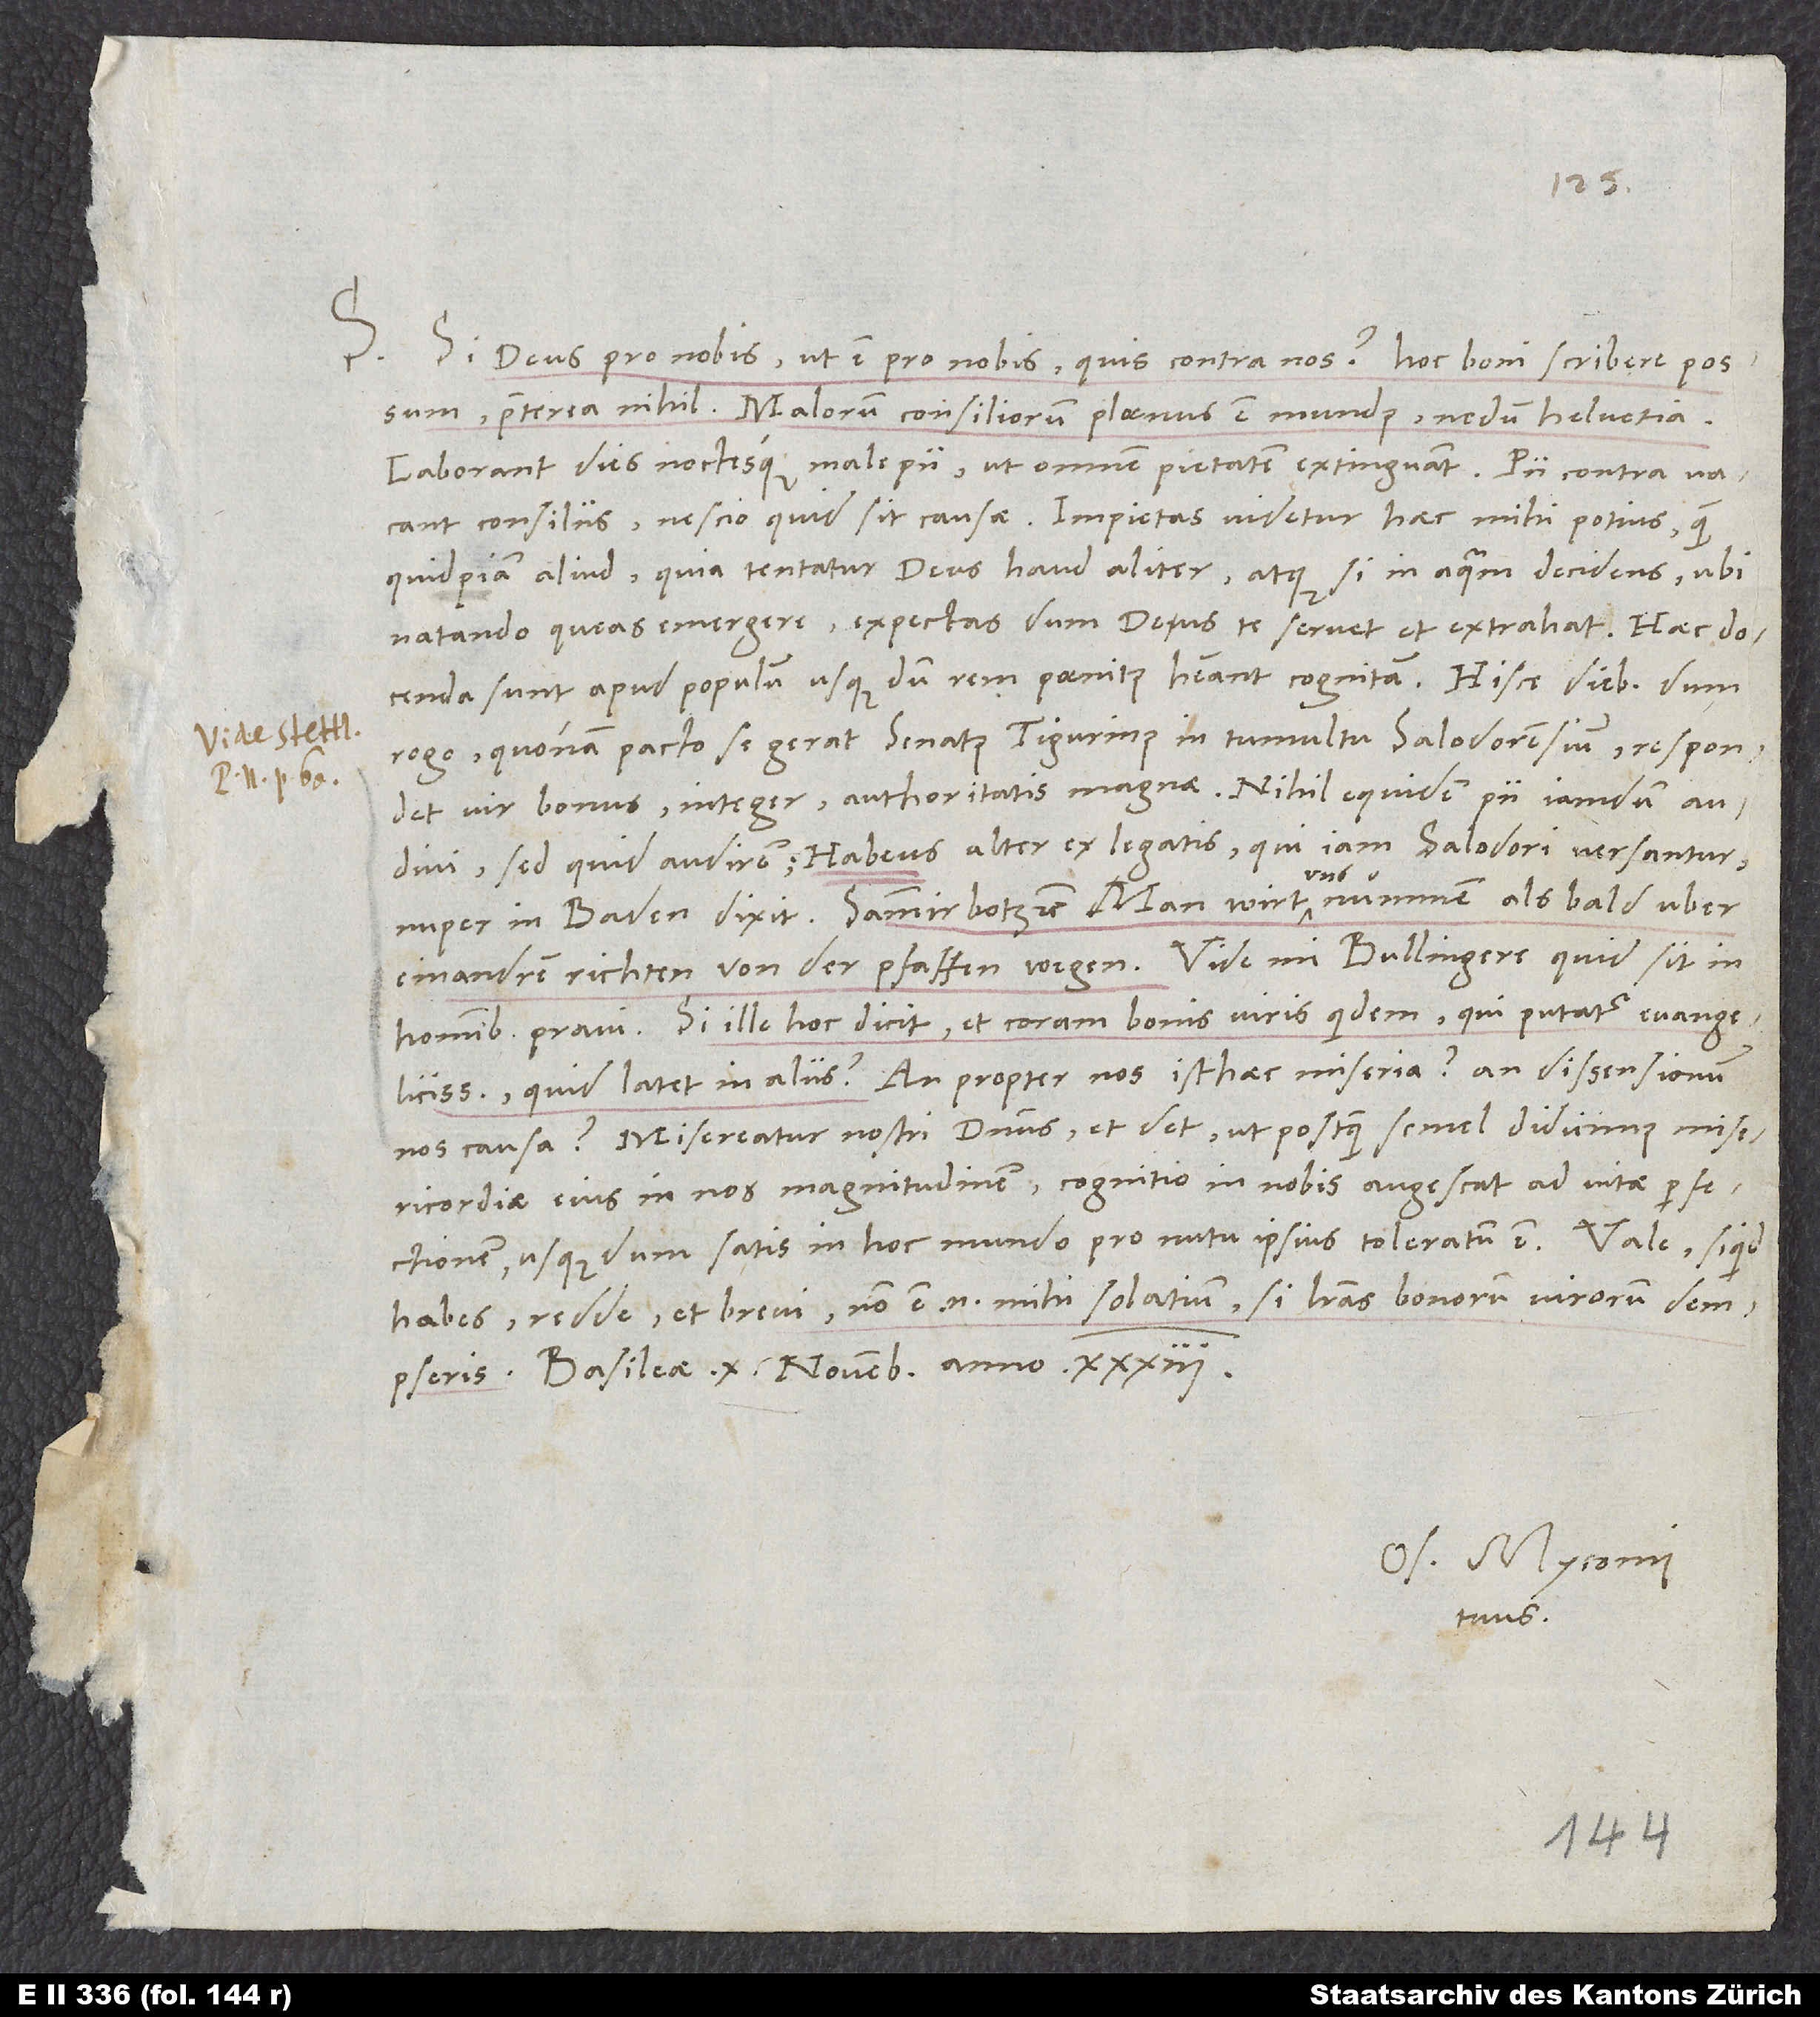
nos causa? Misereatur nostri dominus et det, ut postquam semel didicimus misericordiae
eius in nos magnitudinem, cognitio in nobis augescat ad vitae perfectionem,
usque dum satis in hoc mundo pro nutu ipsius toleratum est.
habes, redde, et brevi. Non est enim mihi solatium, si literas bonorum virorum dempseris.
Basileae, 10. novembris anno 33.
Os. Myconius
tuus.